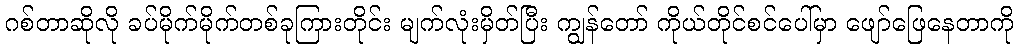
ဂစ်တာဆိုလို ခပ်မိုက်မိုက်တစ်ခုကြားတိုင်း မျက်လုံးမှိတ်ပြီး ကျွန်တော် ကိုယ်တိုင်စင်ပေါ်မှာ ဖျော်ဖြေနေတာကို